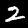
Label: 2